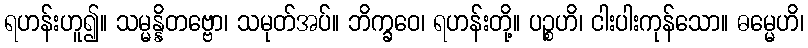
ရဟန်းဟူ၍။ သမ္မန္နိတဗ္ဗော၊ သမုတ်အပ်။ ဘိက္ခဝေ၊ ရဟန်းတို့။ ပဉ္စဟိ၊ ငါးပါးကုန်သော။ ဓမ္မေဟိ၊